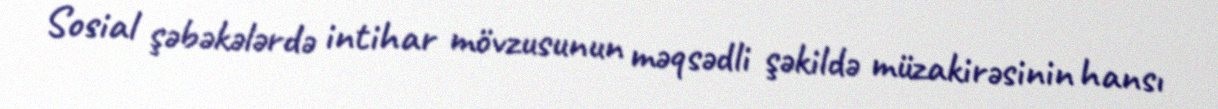
Sosial şəbəkələrdə intihar mövzusunun məqsədli şəkildə müzakirəsinin hansı